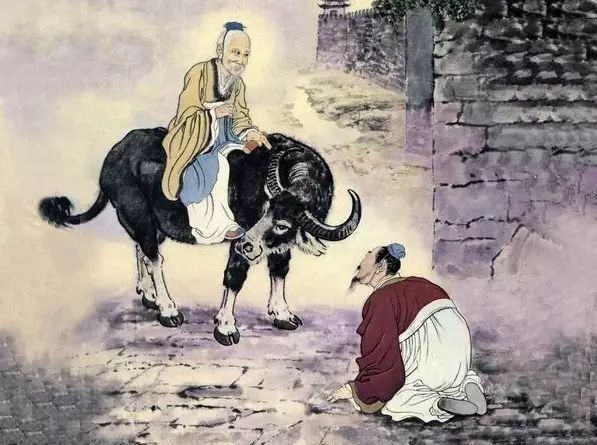
美人自刎乌江岸，战火曾烧赤壁山，将军空老玉门关。